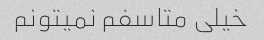
خیلی متاسفم نمیتونم